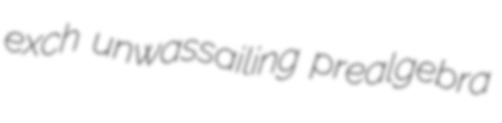
exch unwassailing prealgebra